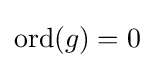
\operatorname {ord} (g)=0